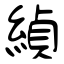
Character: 緽